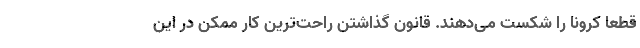
قطعاً کرونا را شکست می‌دهند. قانون گذاشتن راحت‌ترین کار ممکن در این